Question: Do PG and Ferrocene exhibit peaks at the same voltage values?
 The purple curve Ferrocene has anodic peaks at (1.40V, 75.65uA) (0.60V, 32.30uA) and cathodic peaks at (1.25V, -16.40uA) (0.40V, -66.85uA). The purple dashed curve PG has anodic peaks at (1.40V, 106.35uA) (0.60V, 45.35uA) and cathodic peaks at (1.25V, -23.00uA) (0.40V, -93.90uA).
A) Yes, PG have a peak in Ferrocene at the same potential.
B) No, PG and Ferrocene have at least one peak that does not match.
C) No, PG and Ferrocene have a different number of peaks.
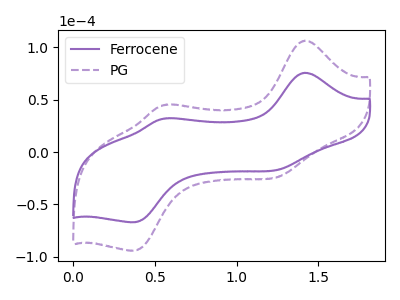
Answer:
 <answer>A) Yes, "PG" have a peak in "Ferrocene" at the same potential.</answer>
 <eval>A</eval>